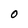
Character: 0